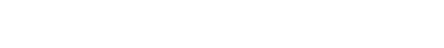
ထိုပွဲလေးကို မေမြင့်မိုရ်က လှပတဲ့ အဝါရောင်ဝတ်စုံလေးကို ဝတ်ပြီး လူအများကြားထဲမှာ